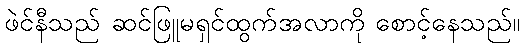
ဖဲင်နီသည် ဆင်ဖြူမရှင်ထွက်အလာကို စောင့်နေသည်။